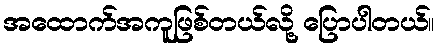
အထောက်အကူဖြစ်တယ်လို့ ပြောပါတယ်။